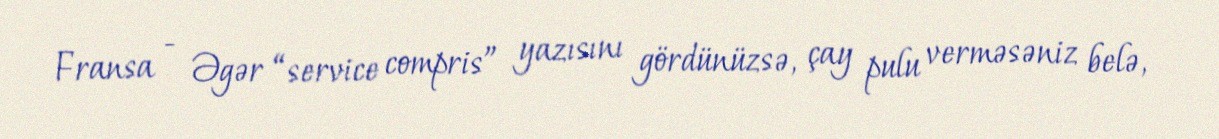
Fransa - Əgər “service compris” yazısını gördünüzsə, çay pulu verməsəniz belə,